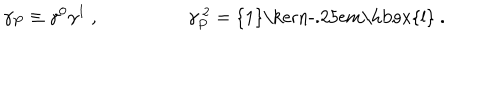
\gamma _ { P } \equiv \gamma ^ { 0 } \gamma ^ { 1 } ~ , ~ \gamma _ { P } ^ { ~ 2 } = \mathrm { { 1 } \ k e r n - . 2 5 e m \mathrm { l } } ~ .